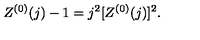
Z ^ { ( 0 ) } ( j ) - 1 = j ^ { 2 } [ Z ^ { ( 0 ) } ( j ) ] ^ { 2 } .